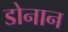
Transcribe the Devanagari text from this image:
डोनान